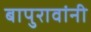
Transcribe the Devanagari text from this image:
बापुरावांनी